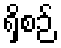
ရှိစဉ်